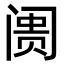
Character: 阓